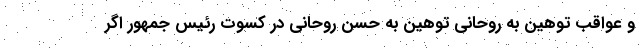
و عواقب توهین به روحانی توهین به حسن روحانی در کسوت رئیس جمهور اگر